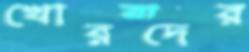
খোরদের